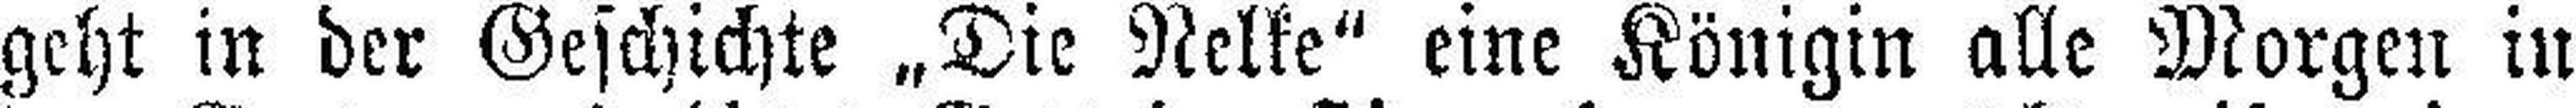
geht in der Geschichte „Die Nelke“ eine Königin alle Morgen in